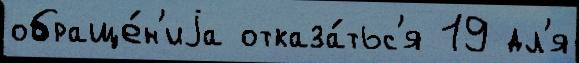
обраще́н'иjа отказа́тьс'я 19 дл'я